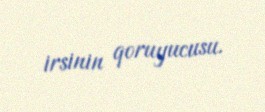
irsinin qoruyucusu.